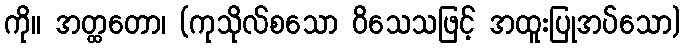
ကို။ အတ္ထတော၊ (ကုသိုလ်စသော ဝိသေသဖြင့် အထူးပြုအပ်သော)